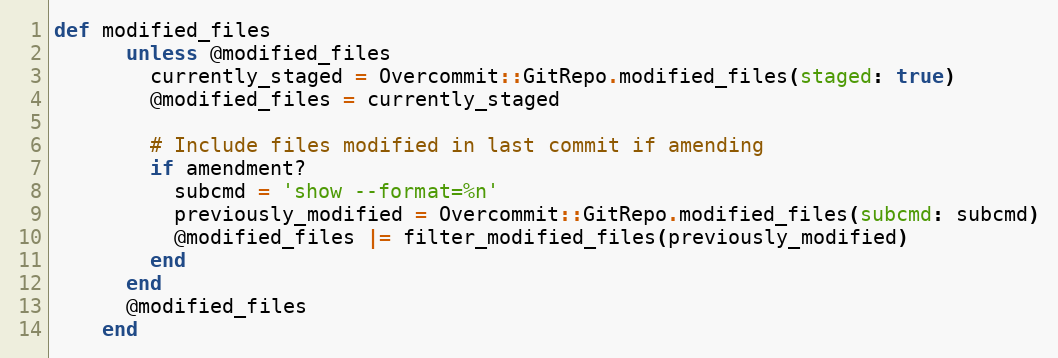
Language: Ruby
def modified_files
      unless @modified_files
        currently_staged = Overcommit::GitRepo.modified_files(staged: true)
        @modified_files = currently_staged

        # Include files modified in last commit if amending
        if amendment?
          subcmd = 'show --format=%n'
          previously_modified = Overcommit::GitRepo.modified_files(subcmd: subcmd)
          @modified_files |= filter_modified_files(previously_modified)
        end
      end
      @modified_files
    end